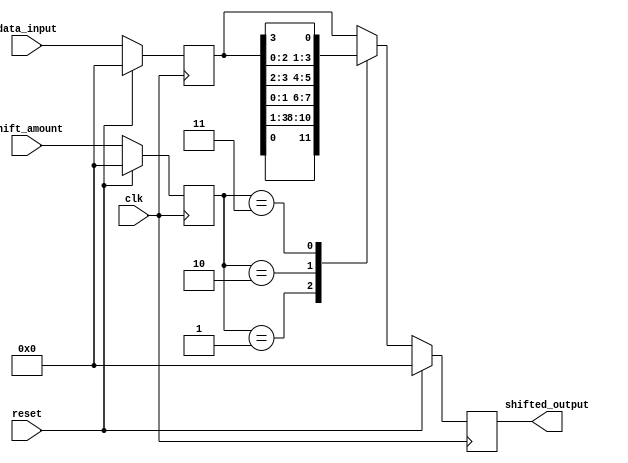
module BarrelShifter(
    input wire clk,
    input wire reset,
    input wire [3:0] shift_amount,
    input wire [3:0] data_input,
    output reg [3:0] shifted_output
);

reg [3:0] reg_data;
reg [3:0] reg_shift_amount;

always @(posedge clk) begin
    if (reset) begin
        reg_data <= 4'b0;
        reg_shift_amount <= 4'b0;
        shifted_output <= 4'b0;
    end else begin
        reg_data <= data_input;
        reg_shift_amount <= shift_amount;
        
        // Implement barrel shifter functionality using logic gates
        case(reg_shift_amount)
            4'b0000: shifted_output <= reg_data;
            4'b0001: shifted_output <= {reg_data[0], reg_data[3:1]};
            4'b0010: shifted_output <= {reg_data[1:0], reg_data[3:2]};
            4'b0011: shifted_output <= {reg_data[2:0], reg_data[3]};
            // Add more cases for additional stages of shifting as needed
            default: shifted_output <= reg_data;
        endcase
    end
end

endmodule